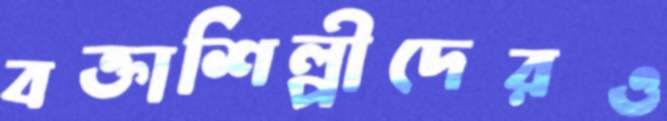
বক্তাশিল্পীদেরও